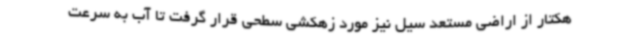
هکتار از اراضی مستعد سیل نیز مورد زهکشی سطحی قرار گرفت تا آب به سرعت